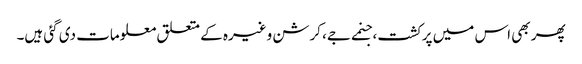
پھر بھی اس میں پرکشت، جنمے جے، کرشن وغیرہ کے متعلق معلومات دی گئی ہیں۔